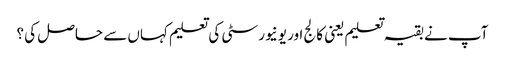
آپ نے بقیہ تعلیم یعنی کالج اور یونیورسٹی کی تعلیم کہاں سے حاصل کی ؟